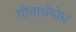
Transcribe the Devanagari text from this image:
गीतार्थबोध